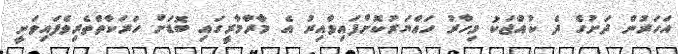
އަހަރުން ދަށުގެ ދެ ކުއްޖަކު މިހާރު ހައްޔަރުކޮށްފައިވާއިރު އެ މާރާމާރީގައި ބޮޑަށް ހަރަކާތްތެރިވެފައިވަނީ